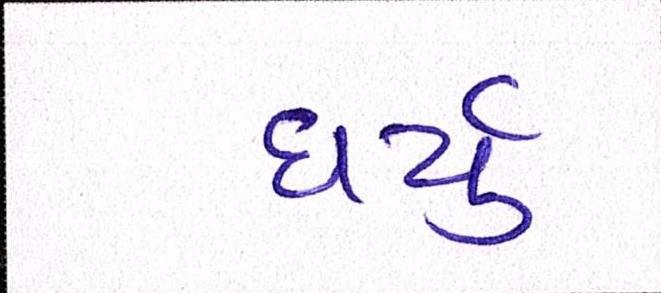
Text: ધર્યું